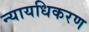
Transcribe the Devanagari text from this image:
न्‍यायधिकरण